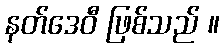
နတ်ဒေဝီ ဖြစ်သည် ။